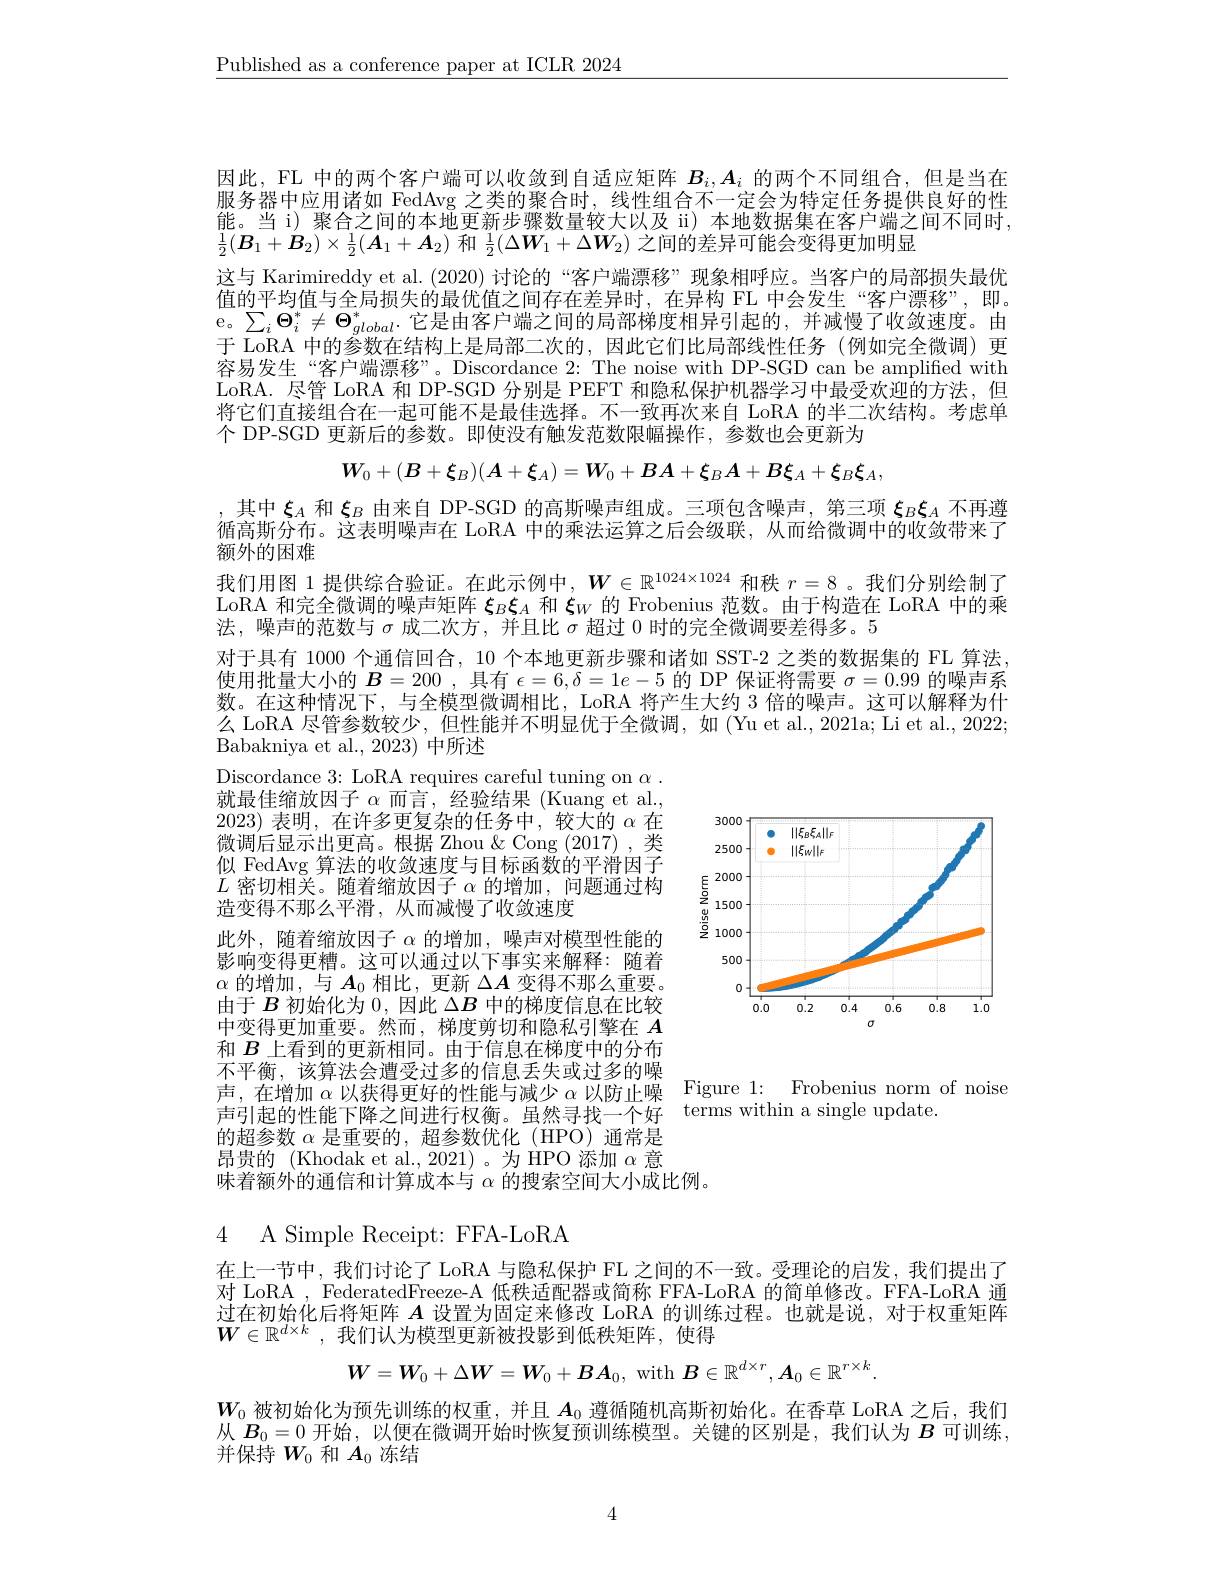
$\underline{\text{Published as a conference paper at ICLR 2024}}$

因此，FL 中的两个客户端可以收敛到自适应矩阵$B_i,A_i$的两个不同组合，但是当在服务器中应用诸如 FedAvg 之类的聚合时，线性组合不一定会为特定任务提供良好的性能。当 i) 聚合之间的本地更新步骤数量较大以及 ii) 本地数据集在客户端之间不同时， $\frac{1}{2}(\boldsymbol{B}_{1}+\boldsymbol{B}_{2})\times\frac{1}{2}(\boldsymbol{A}_{1}+\boldsymbol{A}_{2})$和$\frac12(\Delta\boldsymbol{W}_{1}+\Delta\boldsymbol{W}_{2})$之间的差异可能会变得更加明显
这与 Karimireddy et al. (2020) 讨论的“客户端漂移”现象相呼应。当客户的局部损失最优值的平均值与全局损失的最优值之间存在差异时，在异构 FL 中会发生“客户漂移”,即。e。$\sum_i\Theta_i^*\neq\Theta_{global}^*.$它是由客户端之间的局部梯度相异引起的，并减慢了收敛速度。由于 LoRA 中的参数在结构上是局部二次的，因此它们比局部线性任务(例如完全微调)更容易发生“客户端漂移”。Discordance 2: The noise with DP-SGD can be amplified with LoRA. 尽管 LoRA 和 DP-SGD 分别是 PEFT 和隐私保护机器学习中最受欢迎的方法，但将它们直接组合在一起可能不是最佳选择。不一致再次来自 LoRA 的半二次结构。考虑单个 DP-SGD 更新后的参数。即使没有触发范数限幅操作，参数也会更新为
$$W_{0}+(B+\xi_{B})(A+\xi_{A})=W_{0}+BA+\xi_{B}A+B\xi_{A}+\xi_{B}\xi_{A},$$
,其中$\xi_A$和$\xi_B$由来自 DP-SGD 的高斯噪声组成。三项包含噪声，第三项$\xi_B\xi_A$不再遵循高斯分布。这表明噪声在 LoRA 中的乘法运算之后会级联，从而给微调中的收敛带来了额外的困难
我们用图 1 提供综合验证。在此示例中，$W\in\mathbb{R}^{1024\times1024}$和秩$r=8$ 。我们分别绘制了LoRA 和完全微调的噪声矩阵$\xi_B\boldsymbol{\xi}_A$和$\boldsymbol{\xi}_W$的 Frobenius 范数。由于构造在 LoRA 中的乘法，噪声的范数与$\sigma$成二次方，并且比$\sigma$超过0时的完全微调要差得多。5
对于具有 1000 个通信回合，10 个本地更新步骤和诸如 SST-2 之类的数据集的 FL 算法， 使用批量大小的$B=200$ ,具有$\epsilon=6,\delta=1e-5$的 DP 保证将需要$\sigma=0.99$的噪声系数。在这种情况下，与全模型微调相比，LoRA 将产生大约 3 倍的噪声。这可以解释为什么 LoRA 尽管参数较少 , 但性能并不明显优于全微调，如 (Yu et al., 2021a; Li et al., 2022; Babakniya et al., 2023) 中所述

Discordance 3: LoRA requires careful tuning on $\alpha.$

<FigureHere>

就最佳缩放因子$\alpha$而言 ,经验结果 (Kuang et al., 2023)表明，在许多更复杂的任务中，较大的$\alpha$在微调后显示出更高。根据 Zhou $\&$ Cong (2017),类似 FedAvg 算法的收敛速度与目标函数的平滑因子$L$密切相关。随着缩放因子$\alpha$的增加 ,问题通过构造变得不那么平滑，从而减慢了收敛速度
此外，随着缩放因子$\alpha$的增加，噪声对模型性能的影响变得更糟。这可以通过以下事实来解释：随着$\alpha$的增加，与$\boldsymbol A_0$相比，更新$\Delta A$变得不那么重要。由于$B$初始化为0，因此$\Delta B$中的梯度信息在比较中变得更加重要。然而，梯度剪切和隐私引擎在$A$ 和$B$上看到的更新相同。由于信息在梯度中的分布不平衡，该算法会遭受过多的信息丢失或过多的噪声，在增加$\alpha$以获得更好的性能与减少$\alpha$以防止噪 Figure 1: Frobenius norm of noise
声引起的性能下降之间进行权衡。虽然寻找一个好 terms within a single update.
的超参数$\alpha$是重要的，超参数优化(HPO)通常是昂贵的 (Khodak et al., 2021)。为 HPO 添加$\alpha$意味着额外的通信和计算成本与$\alpha$的搜索空间大小成比例。

# 4 A Simple Receipt: FFA-LoRA

在上一节中，我们讨论了 LoRA 与隐私保护 FL 之间的不一致。受理论的启发，我们提出了对 LoRA , FederatedFreeze- A 低秩适配器或简称 FFA-LoRA 的简单修改。FFA-LoRA 通过在初始化后将矩阵$A$设置为固定来修改 LoRA 的训练过程。也就是说，对于权重矩阵$W\in\mathbb{R}^{d\times k}$ ,我们认为模型更新被投影到低秩矩阵，使得
$$W=W_0+\Delta W=W_0+BA_0,\mathrm{~with~}B\in\mathbb{R}^{d\times r},\boldsymbol{A}_0\in\mathbb{R}^{r\times k}.$$
$W_0$被初始化为预先训练的权重，并且$A_0$遵循随机高斯初始化。在香草 LoRA 之后，我们从$B_0=0$开始，以便在微调开始时恢复预训练模型。关键的区别是，我们认为$B$可训练， 并保持$W_0$和$A_0$冻结

4